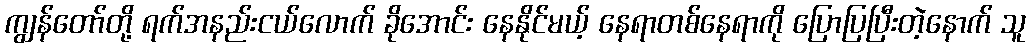
ကျွန်တော်တို့ ရက်အနည်းငယ်လောက် ခိုအောင်း နေနိုင်မယ့် နေရာတစ်နေရာကို ပြောပြပြီးတဲ့နောက် သူ